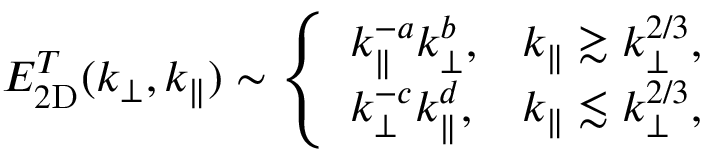
\begin{array} { r } { E _ { 2 \mathrm { D } } ^ { T } ( k _ { \perp } , k _ { \parallel } ) \sim \left\{ \begin{array} { l l } { \displaystyle k _ { \parallel } ^ { - a } k _ { \perp } ^ { b } , } & { \displaystyle k _ { \parallel } \gtrsim k _ { \perp } ^ { 2 / 3 } , } \\ { \displaystyle k _ { \perp } ^ { - c } k _ { \parallel } ^ { d } , } & { \displaystyle k _ { \parallel } \lesssim k _ { \perp } ^ { 2 / 3 } , } \end{array} \right. } \end{array}